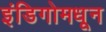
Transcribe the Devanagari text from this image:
इंडिगोमधून